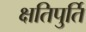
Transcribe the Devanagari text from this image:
क्षतिपुर्ति